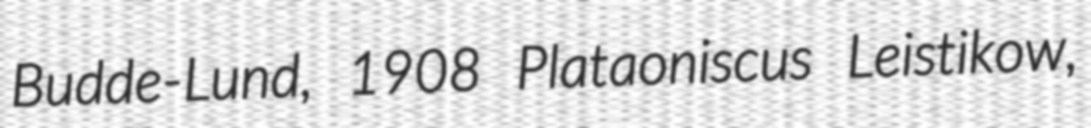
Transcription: Budde-Lund, 1908 Plataoniscus Leistikow,